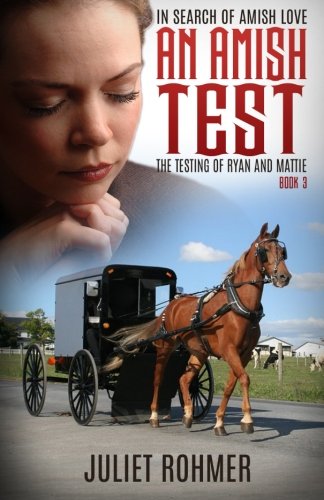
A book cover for An Amish Test: The Testing of Ryan and Mattie (In Search of Amish Love) (Volume 3); Juliet Rohmer; Christian Books & Bibles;